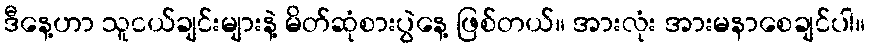
ဒီနေ့ဟာ သူငယ်ချင်းများနဲ့ မိတ်ဆုံစားပွဲနေ့ ဖြစ်တယ်။ အားလုံး အားမနာစေချင်ပါ။